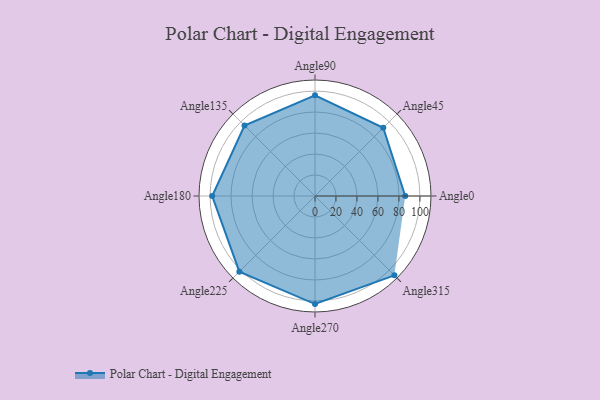
{"axis": {"x": "Angle", "y": "Radius"}, "legend": [""], "data": [{"x": "Angle0", "y": 86.0, "type": ""}, {"x": "Angle45", "y": 92.0, "type": ""}, {"x": "Angle90", "y": 96.0, "type": ""}, {"x": "Angle135", "y": 95.0, "type": ""}, {"x": "Angle180", "y": 98.0, "type": ""}, {"x": "Angle225", "y": 102.0, "type": ""}, {"x": "Angle270", "y": 103.0, "type": ""}, {"x": "Angle315", "y": 107.0, "type": ""}]}